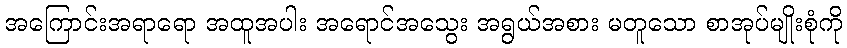
အကြောင်းအရာရော အထူအပါး အရောင်အသွေး အရွယ်အစား မတူသော စာအုပ်မျိုးစုံကို